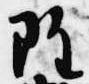
雖